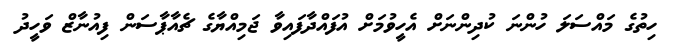
ހިތުގެ މައްސަލަ ހުންނަ ކުދިންނަށް އެހީވުމަށް އުފައްދާފައިވާ ޖަމިއްޔާގެ ޗެއާޕާސަން ފިއުނާޒް ވަހީދު